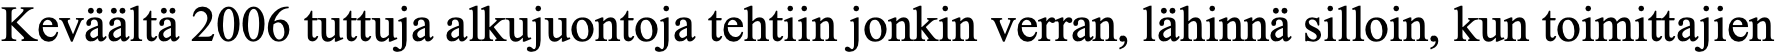
Keväältä 2006 tuttuja alkujuontoja tehtiin jonkin verran, lähinnä silloin, kun toimittajien